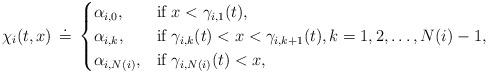
LaTeX: \begin{align*} \chi_i(t,x)\,\doteq\, \begin{cases} \alpha_{i,0}, &\hbox{if}~ x<\gamma_{i,1}(t),\\ \alpha_{i,k}, &\hbox{if}~ \gamma_{i,k}(t)<x<\gamma_{i,k+1}(t),k=1,2,\ldots, N(i)-1,\\\alpha_{i, N(i)}, &\hbox{if}~ \gamma_{i,N(i)}(t)<x, \end{cases}\end{align*}